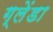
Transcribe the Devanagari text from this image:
ग्लेंडा